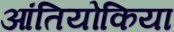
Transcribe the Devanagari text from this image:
आंतियोकिया